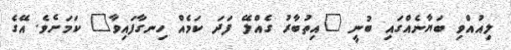
ލިއުއްވި ބަޔާނެއްގައި ބުނީ "އިތުބާރު ގެއްލޭ ފަދަ ކަމެއް ހިނގާފައިވާ" ކަމަށެވެ. އޭގެ